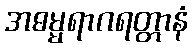
အဓမ္မရာဂရတ္တာနံ